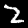
Label: 2